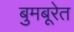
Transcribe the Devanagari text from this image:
बुमबूरेत